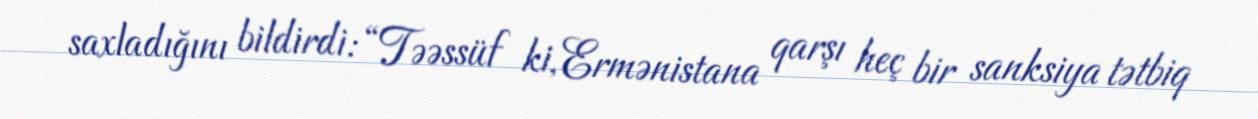
saxladığını bildirdi: “Təəssüf ki, Ermənistana qarşı heç bir sanksiya tətbiq